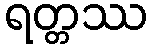
ရတ္တဿ